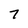
Character: 7